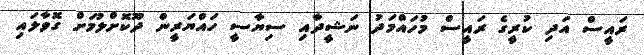
ރައީސް އަދި ކުރީގެ ރައީސް މުހައްމަދު ނަޝީދާއި ސިޔާސީ ހައްޔަރީން ދޫކޮށްލުމަށް ގޮވާލައި